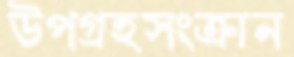
উপগ্রহসংক্রান